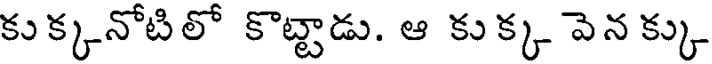
కుక్కనోటిలో కొట్టాడు. ఆ కుక్క వెన క్కు